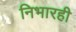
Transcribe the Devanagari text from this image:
निभारही